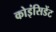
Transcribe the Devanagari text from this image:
कोइंसिडेंट